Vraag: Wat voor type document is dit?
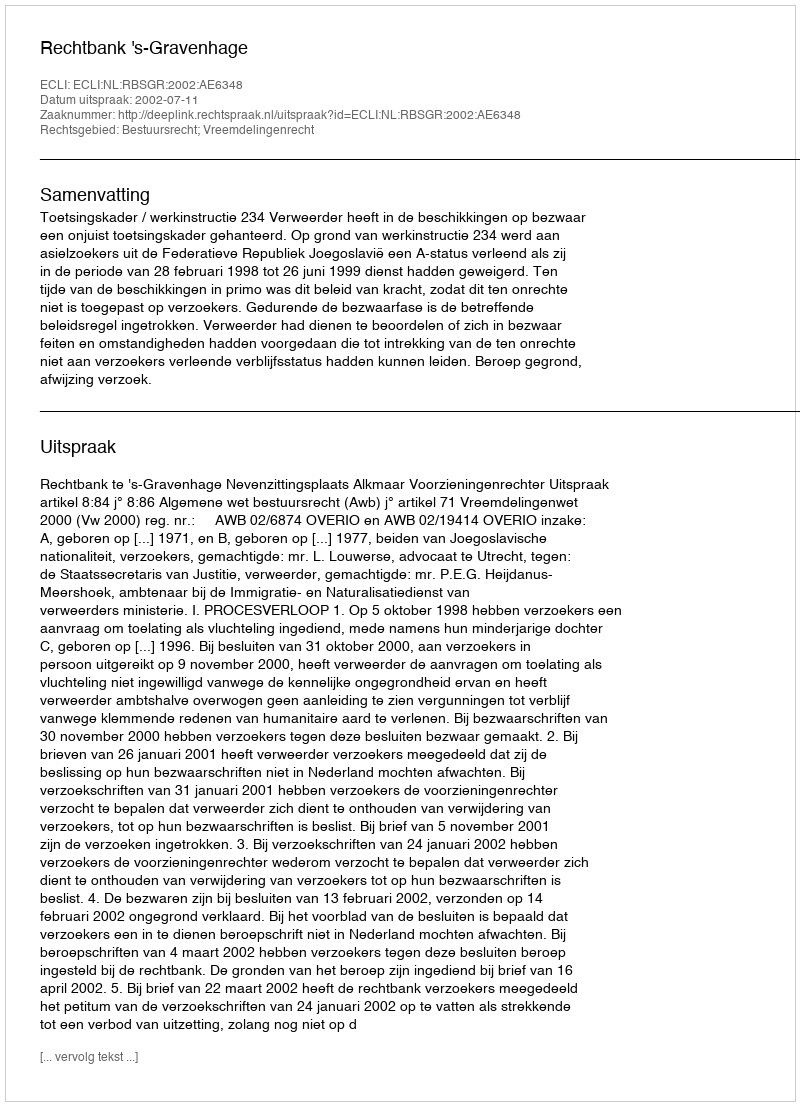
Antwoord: Uitspraak